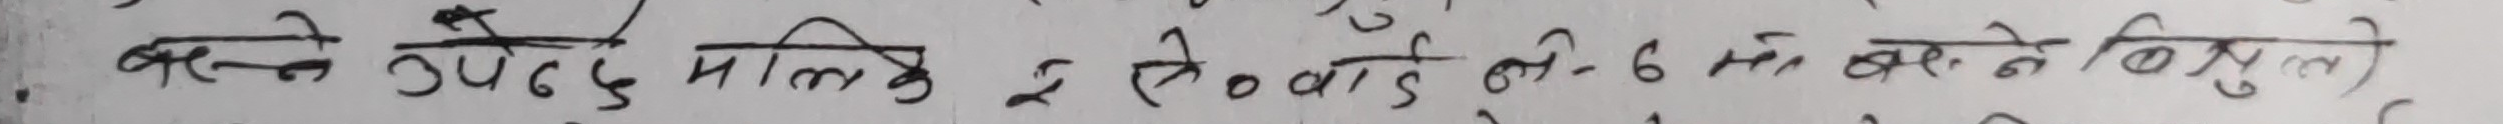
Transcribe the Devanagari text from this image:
बस्ने उपदेदु मालिके इ ते को लम्बाई - 6 म बस्ने बिगुलाई